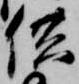
供